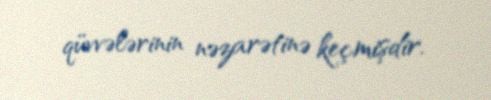
qüvvələrinin nəzarətinə keçmişdir.